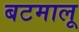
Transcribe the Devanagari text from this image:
बटमालू